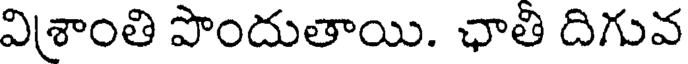
విశ్రాంతి పొందుతాయి. ఛాతి దిగువ